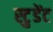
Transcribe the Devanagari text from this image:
स्टु़डेंट